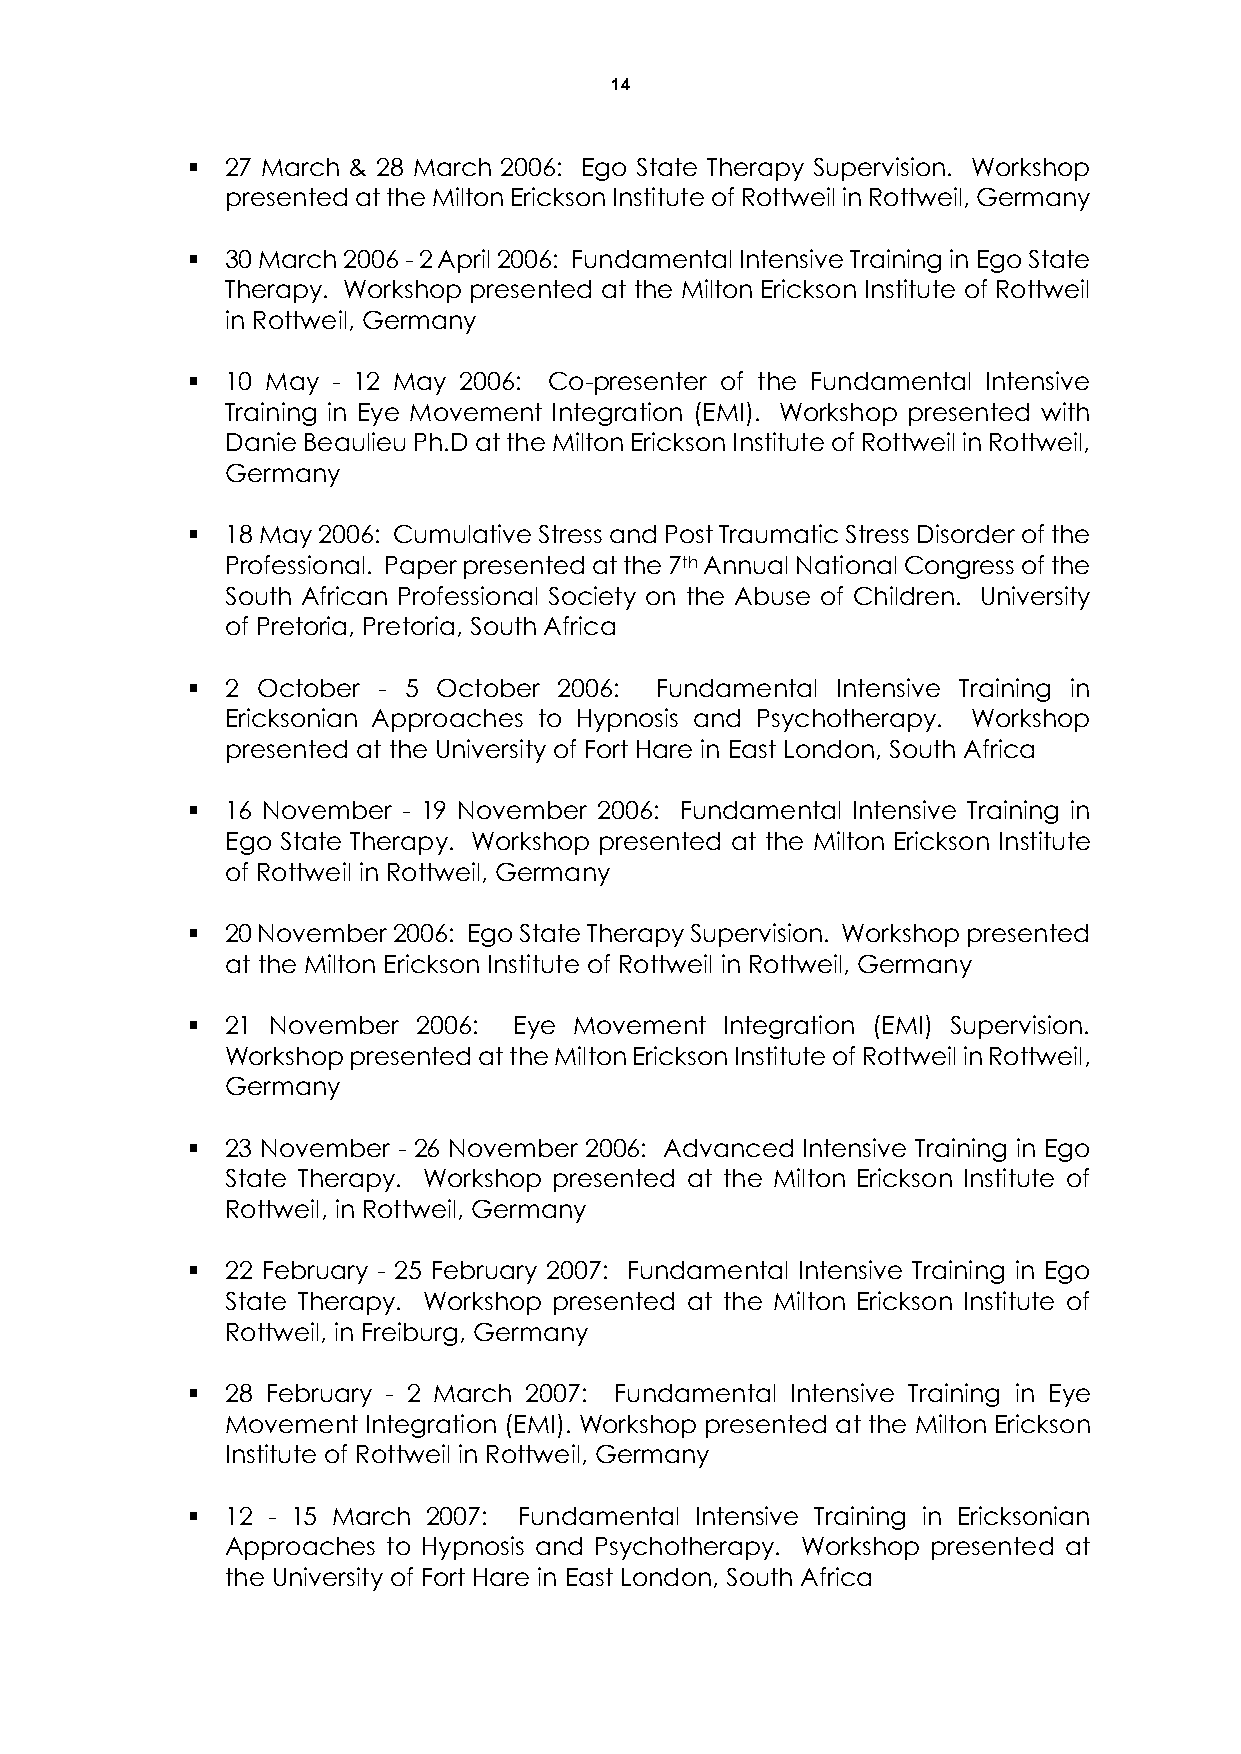
14
   27 March & 28 March 2006: Ego State Therapy Supervision. Workshop
 presented at the Milton Erickson Institute of Rottweil in Rottweil, Germany
   30 March 2006 - 2 April 2006: Fundamental Intensive Training in Ego State
 Therapy. Workshop presented at the Milton Erickson Institute of Rottweil
 in Rottweil, Germany
   10 May - 12 May 2006: Co-presenter of the Fundamental Intensive
 Training in Eye Movement Integration (EMI). Workshop presented with
 Danie Beaulieu Ph.D at the Milton Erickson Institute of Rottweil in Rottweil,
 Germany
   18 May 2006: Cumulative Stress and Post Traumatic Stress Disorder of the
 Professional. Paper presented at the 7th Annual National Congress of the
 South African Professional Society on the Abuse of Children. University
 of Pretoria, Pretoria, South Africa
   2 October - 5 October 2006: Fundamental Intensive Training in
 Ericksonian Approaches to Hypnosis and Psychotherapy. Workshop
 presented at the University of Fort Hare in East London, South Africa
   16 November - 19 November 2006: Fundamental Intensive Training in
 Ego State Therapy. Workshop presented at the Milton Erickson Institute
 of Rottweil in Rottweil, Germany
   20 November 2006: Ego State Therapy Supervision. Workshop presented
 at the Milton Erickson Institute of Rottweil in Rottweil, Germany
   21 November  2006: Eye Movement  Integration (EMI) Supervision.
 Workshop presented at the Milton Erickson Institute of Rottweil in Rottweil,
 Germany
   23 November - 26 November 2006: Advanced Intensive Training in Ego
 State Therapy. Workshop presented at the Milton Erickson Institute of
 Rottweil, in Rottweil, Germany
   22 February - 25 February 2007: Fundamental Intensive Training in Ego
 State Therapy. Workshop presented at the Milton Erickson Institute of
 Rottweil, in Freiburg, Germany
   28 February - 2 March 2007: Fundamental Intensive Training in Eye
 Movement Integration (EMI). Workshop presented at the Milton Erickson
 Institute of Rottweil in Rottweil, Germany
   12 - 15 March 2007: Fundamental Intensive Training in Ericksonian
 Approaches to Hypnosis and Psychotherapy. Workshop presented at
 the University of Fort Hare in East London, South Africa